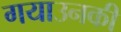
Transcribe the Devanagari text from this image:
गयाउनकी